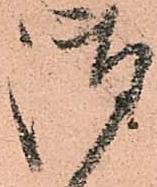
御